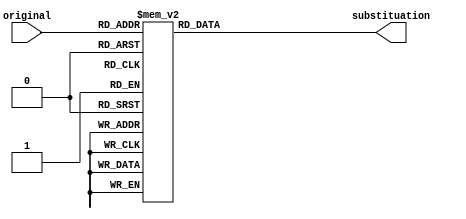
module SboxReplacement(original, substituation);
    input [7:0] original;
    wire [7:0] original;

    output [7:0] substituation;
    reg [7:0] substituation;

    always@(original)
        begin
            case(original)
            //row 1 of s-box
                8'h00 : substituation = 8'h63;
                8'h01 : substituation = 8'h7c;
                8'h02 : substituation = 8'h77;
                8'h03 : substituation = 8'h7b;
                8'h04 : substituation = 8'hf2;
                8'h05 : substituation = 8'h6b;
                8'h06 : substituation = 8'h6f;
                8'h07 : substituation = 8'hc5;
                8'h08 : substituation = 8'h30;
                8'h09 : substituation = 8'h01;
                8'h0a : substituation = 8'h67;
                8'h0b : substituation = 8'h2b;
                8'h0c : substituation = 8'hfe;
                8'h0d : substituation = 8'hd7;
                8'h0e : substituation = 8'hab;
                8'h0f : substituation = 8'h76;
            //row 2 of s-box
                8'h10 : substituation = 8'hca;
                8'h11 : substituation = 8'hb2;
                8'h12 : substituation = 8'hc9;
                8'h13 : substituation = 8'h7d;
                8'h14 : substituation = 8'hfa;
                8'h15 : substituation = 8'h59;
                8'h16 : substituation = 8'h47;
                8'h17 : substituation = 8'hf0;
                8'h18 : substituation = 8'had;
                8'h19 : substituation = 8'hd4;
                8'h1a : substituation = 8'ha2;
                8'h1b : substituation = 8'haf;
                8'h1c : substituation = 8'h9c;
                8'h1d : substituation = 8'ha4;
                8'h1e : substituation = 8'h72;
                8'h1f : substituation = 8'hc0;
            //row 3 of s-box
                8'h20 : substituation = 8'hb7;
                8'h21 : substituation = 8'hfd;
                8'h22 : substituation = 8'h93;
                8'h23 : substituation = 8'h26;
                8'h24 : substituation = 8'h36;
                8'h25 : substituation = 8'h3f;
                8'h26 : substituation = 8'hf7;
                8'h27 : substituation = 8'hcc;
                8'h28 : substituation = 8'h34;
                8'h29 : substituation = 8'ha5;
                8'h2a : substituation = 8'he5;
                8'h2b : substituation = 8'hf1;
                8'h2c : substituation = 8'h71;
                8'h2d : substituation = 8'hd8;
                8'h2e : substituation = 8'h31;
                8'h2f : substituation = 8'h15;
            //row 4 of s-box
                8'h30 : substituation = 8'h04;
                8'h31 : substituation = 8'hc7;
                8'h32 : substituation = 8'h23;
                8'h33 : substituation = 8'hc3;
                8'h34 : substituation = 8'h18;
                8'h35 : substituation = 8'h96;
                8'h36 : substituation = 8'h05;
                8'h37 : substituation = 8'h9a;
                8'h38 : substituation = 8'h07;
                8'h39 : substituation = 8'h12;
                8'h3a : substituation = 8'h80;
                8'h3b : substituation = 8'he2;
                8'h3c : substituation = 8'heb;
                8'h3d : substituation = 8'h27;
                8'h3e : substituation = 8'hb2;
                8'h3f : substituation = 8'h75;
            //row 5 of s-box
                8'h40 : substituation = 8'h09;
                8'h41 : substituation = 8'h83;
                8'h42 : substituation = 8'h2c;
                8'h43 : substituation = 8'h1a;
                8'h44 : substituation = 8'h1b;
                8'h45 : substituation = 8'h6e;
                8'h46 : substituation = 8'h5a;
                8'h47 : substituation = 8'ha0;
                8'h48 : substituation = 8'h52;
                8'h49 : substituation = 8'h3b;
                8'h4a : substituation = 8'hd6;
                8'h4b : substituation = 8'hb3;
                8'h4c : substituation = 8'h29;
                8'h4d : substituation = 8'he3;
                8'h4e : substituation = 8'h2f;
                8'h4f : substituation = 8'h84;
            //row 6 of s-box
                8'h50 : substituation = 8'h53;
                8'h51 : substituation = 8'hd1;
                8'h52 : substituation = 8'h00;
                8'h53 : substituation = 8'hed;
                8'h54 : substituation = 8'h20;
                8'h55 : substituation = 8'hfc;
                8'h56 : substituation = 8'hb1;
                8'h57 : substituation = 8'h5b;
                8'h58 : substituation = 8'h6a;
                8'h59 : substituation = 8'hcb;
                8'h5a : substituation = 8'hbe;
                8'h5b : substituation = 8'h39;
                8'h5c : substituation = 8'h4a;
                8'h5d : substituation = 8'h4c;
                8'h5e : substituation = 8'h58;
                8'h5f : substituation = 8'hcf;
            //row 7 of s-box
                8'h60 : substituation = 8'hd0;
                8'h61 : substituation = 8'hef;
                8'h62 : substituation = 8'haa;
                8'h63 : substituation = 8'hfb;
                8'h64 : substituation = 8'h43;
                8'h65 : substituation = 8'h4d;
                8'h66 : substituation = 8'h33;
                8'h67 : substituation = 8'h85;
                8'h68 : substituation = 8'h45;
                8'h69 : substituation = 8'hf9;
                8'h6a : substituation = 8'h02;
                8'h6b : substituation = 8'h7f;
                8'h6c : substituation = 8'h50;
                8'h6d : substituation = 8'h3c;
                8'h6e : substituation = 8'h9f;
                8'h6f : substituation = 8'ha8;
            //row 8 of s-box
                8'h70 : substituation = 8'h51;
                8'h71 : substituation = 8'ha3;
                8'h72 : substituation = 8'h40;
                8'h73 : substituation = 8'h8f;
                8'h74 : substituation = 8'h92;
                8'h75 : substituation = 8'h9d;
                8'h76 : substituation = 8'h38;
                8'h77 : substituation = 8'hf5;
                8'h78 : substituation = 8'hbc;
                8'h79 : substituation = 8'hb6;
                8'h7a : substituation = 8'hda;
                8'h7b : substituation = 8'h21;
                8'h7c : substituation = 8'h10; 
                8'h7d : substituation = 8'hff;
                8'h7e : substituation = 8'hf3;
                8'h7f : substituation = 8'hd2;
            //row 9 of s-box
                8'h80 : substituation = 8'hcd;
                8'h81 : substituation = 8'h0c;
                8'h82 : substituation = 8'h13;
                8'h83 : substituation = 8'hec;
                8'h84 : substituation = 8'h5f;
                8'h85 : substituation = 8'h97;
                8'h86 : substituation = 8'h44;
                8'h87 : substituation = 8'h17;
                8'h88 : substituation = 8'hc4;
                8'h89 : substituation = 8'ha7;
                8'h8a : substituation = 8'h7e;
                8'h8b : substituation = 8'h3d;
                8'h8c : substituation = 8'h64;
                8'h8d : substituation = 8'h5d;
                8'h8e : substituation = 8'h19;
                8'h8f : substituation = 8'h73;
            //row 10 of s-box
                8'h90 : substituation = 8'h60;
                8'h91 : substituation = 8'h81;
                8'h92 : substituation = 8'h4f;
                8'h93 : substituation = 8'hdc;
                8'h94 : substituation = 8'h22;
                8'h95 : substituation = 8'h2a;
                8'h96 : substituation = 8'h90;
                8'h97 : substituation = 8'h88;
                8'h98 : substituation = 8'h46;
                8'h99 : substituation = 8'hee;
                8'h9a : substituation = 8'hb8;
                8'h9b : substituation = 8'h14;
                8'h9c : substituation = 8'hde;
                8'h9d : substituation = 8'h5e;
                8'h9e : substituation = 8'h0b;
                8'h9f : substituation = 8'hdb;
            //row 11 of s-box
                8'ha0 : substituation = 8'he0;
                8'ha1 : substituation = 8'h32;
                8'ha2 : substituation = 8'h3a;
                8'ha3 : substituation = 8'h0a;
                8'ha4 : substituation = 8'h49;
                8'ha5 : substituation = 8'h06;
                8'ha6 : substituation = 8'h24;
                8'ha7 : substituation = 8'h5c;
                8'ha8 : substituation = 8'hc2;
                8'ha9 : substituation = 8'hd3;
                8'haa : substituation = 8'hac;
                8'hab : substituation = 8'h62;
                8'hac : substituation = 8'h91;
                8'had : substituation = 8'h95;
                8'hae : substituation = 8'he4;
                8'haf : substituation = 8'h79;
            //row 12 of s-box
                8'hb0 : substituation = 8'he7;
                8'hb1 : substituation = 8'hc8;
                8'hb2 : substituation = 8'h37;
                8'hb3 : substituation = 8'h6d;
                8'hb4 : substituation = 8'h8d;
                8'hb5 : substituation = 8'd5;
                8'hb6 : substituation = 8'h4e;
                8'hb7 : substituation = 8'ha9;
                8'hb8 : substituation = 8'h6c;
                8'hb9 : substituation = 8'h56;
                8'hba : substituation = 8'hf4;
                8'hbb : substituation = 8'hea;
                8'hbc : substituation = 8'h65;
                8'hbd : substituation = 8'h7a;
                8'hbe : substituation = 8'hae;
                8'hbf : substituation = 8'h08;
            //row 13 of s-box
                8'hc0 : substituation = 8'hba;
                8'hc1 : substituation = 8'h78;
                8'hc2 : substituation = 8'h25;
                8'hc3 : substituation = 8'h2e;
                8'hc4 : substituation = 8'h1c;
                8'hc5 : substituation = 8'ha6;
                8'hc6 : substituation = 8'hb4;
                8'hc7 : substituation = 8'hc6;
                8'hc8 : substituation = 8'he8;
                8'hc9 : substituation = 8'hdd;
                8'hca : substituation = 8'h74;
                8'hcb : substituation = 8'h1f;
                8'hcc : substituation = 8'h4b;
                8'hcd : substituation = 8'hbd;
                8'hce : substituation = 8'h8b;
                8'hcf : substituation = 8'h8a;
            //row 14 of s-box
                8'hd0 : substituation = 8'h70;
                8'hd1 : substituation = 8'h3e;
                8'hd2 : substituation = 8'hb5;
                8'hd3 : substituation = 8'h66;
                8'hd4 : substituation = 8'h48;
                8'hd5 : substituation = 8'h03;
                8'hd6 : substituation = 8'hf6;
                8'hd7 : substituation = 8'h0e;
                8'hd8 : substituation = 8'h61;
                8'hd9 : substituation = 8'h35;
                8'hda : substituation = 8'h57;
                8'hdb : substituation = 8'hb9;
                8'hdc : substituation = 8'h86;
                8'hdd : substituation = 8'hc1;
                8'hde : substituation = 8'h1d;
                8'hdf : substituation = 8'h9e;
            //row 15 of s-box
                8'he0 : substituation = 8'he1;
                8'he1 : substituation = 8'hf8;
                8'he2 : substituation = 8'h98;
                8'he3 : substituation = 8'h11;
                8'he4 : substituation = 8'h69;
                8'he5 : substituation = 8'hd9;
                8'he6 : substituation = 8'h8e;
                8'he7 : substituation = 8'h94;
                8'he8 : substituation = 8'h9b;
                8'he9 : substituation = 8'h1e;
                8'hea : substituation = 8'h87;
                8'heb : substituation = 8'he9;
                8'hec : substituation = 8'hce;
                8'hed : substituation = 8'h55;
                8'hee : substituation = 8'h28;
                8'hef : substituation = 8'hdf;
            //row 16 of s-box
                8'hf0 : substituation = 8'h8c;
                8'hf1 : substituation = 8'ha1;
                8'hf2 : substituation = 8'h89;
                8'hf3 : substituation = 8'h0d;
                8'hf4 : substituation = 8'hbf;
                8'hf5 : substituation = 8'he6;
                8'hf6 : substituation = 8'h42;
                8'hf7 : substituation = 8'h68;
                8'hf8 : substituation = 8'h41;
                8'hf9 : substituation = 8'h99;
                8'hfa : substituation = 8'h2d;
                8'hfb : substituation = 8'h0f;
                8'hfc : substituation = 8'hb0;
                8'hfd : substituation = 8'h54;
                8'hfe : substituation = 8'hbb;
                8'hff : substituation = 8'h16;
            endcase
        end
    endmodule

module SubRound(data, out);
    input [127:0] data;

    output [127:0] out;
    reg [127:0] out;

    wire [127:0] temp;

    //each matrix "box" has to be sub through the s-box table owo
    SboxReplacement s0 (data[7:0], temp[7:0]);
    SboxReplacement s1 (data[15:8], temp[15:8]);
    SboxReplacement s2 (data[23:16], temp[23:16]);
    SboxReplacement s3 (data[31:24], temp[31:24]);
    SboxReplacement s4 (data[39:32], temp[39:32]);
    SboxReplacement s5 (data[47:40], temp[47:40]);
    SboxReplacement s6 (data[55:48], temp[55:48]);
    SboxReplacement s7 (data[63:56], temp[63:56]);
    SboxReplacement s8 (data[71:64], temp[71:64]);
    SboxReplacement s9 (data[79:72], temp[79:72]);
    SboxReplacement s10 (data[87:80], temp[87:80]);
    SboxReplacement s11 (data[95:88], temp[95:88]);
    SboxReplacement s12 (data[103:96], temp[103:96]);
    SboxReplacement s13 (data[111:104], temp[111:104]);
    SboxReplacement s14 (data[119:112], temp[119:112]);
    SboxReplacement s15 (data[127:120], temp[127:120]);

    always@(*)
    begin
        out <= temp;
    end

endmodule

module ShiftRowRound(data, out);
    input [127:0] data;
    output [127:0] out;
    reg [127:0] out;

    //Matrix
    //120 88 56 24
    //112 80 48 16
    //104 72 40 8
    //96 64 32 0
    always@(*)
    begin
        //shift row 1 by 0
        out[127:120] = data[127:120];
        out[95:88] = data[95:88];
        out[63:56] = data[63:56];
        out[31:24] = data[31:24];

        //shift row 2 by 1
        out[119:112] = data[87:80];
        out[87:80] = data[55:48];
        out[55:48] = data[23:16];
        out[23:16] = data[119:112];
        
        //shift row 3 by 2
        out[111:104] = data[47:40];
        out[79:72] = data[15:8];
        out[47:40] = data[111:104];
        out[15:8] = data[79:72];
        
        //shift row 4 by 3 
        out[103:96] = data[7:0];
        out[71:64] = data[103:96];
        out[39:32] = data[71:64];
        out[7:0] = data[39:32];
        
    end
endmodule

//double check before implementing it into the python project
module MixColumns(data, out);
    input [127:0]data;
    wire [127:0] data;
    output [127:0] out;
    wire [127:0] out;

    wire[31:0] col1, col2, col3, col4;
    wire[31:0] col1R, col2R, col3R, col4R;

    //Matrix
    //120 88 56 24
    //112 80 48 16
    //104 72 40 8
    //96 64 32 0

    assign col1 = {data[127:96]};
    assign col2 = {data[95:64]};
    assign col3 = {data[63:32]};
    assign col4 = {data[31:0]};

    multiplyby32 m1 (col1, col1R);
    multiplyby32 m2 (col2, col2R);
    multiplyby32 m3 (col3, col3R);
    multiplyby32 m4 (col4, col4R);

    assign out = {col1, col2, col3, col4};

endmodule

module multiplyby2(data, result);
    input [7:0] data;
    output [7:0] result;

    wire [7:0] temp1;
    wire [7:0] temp2;
    assign temp1 = {data[6:0], 1'b0};
    assign temp2 = {8'h1b & {8{data[7]}}}; //overflow adjustment wiki
    assign result = temp1 ^ temp2; //XOR is the same as adding 2 numbers wiki
endmodule

module multiplyby3(data, result);
    input [7:0] data;
    output [7:0] result;

    wire [7:0] temp;

    multiplyby2 m0 (data, temp); //add twice
    assign result = temp ^ data; //add a third time
endmodule

module multiplyby32(col, result);
    input [31:0] col;
    output [31:0] result;

    wire [7:0] temp1, temp2, temp3, temp4;
    wire [7:0] temp12, temp22, temp32, temp42;
    wire [7:0] temp13, temp23, temp33, temp43;
    wire [7:0] m1, m2, m3, m4;

    assign temp1 = col[7:0];
    assign temp2 = col[15:8];
    assign temp3 = col[23:16];
    assign temp4 = col[31:24];

    //because of the linear equations just mult by 2 and by 3 based on the wikipidia article
    multiplyby2 m5 (temp1, temp12);
    multiplyby2 m6 (temp2, temp22);
    multiplyby2 m7 (temp3, temp32);
    multiplyby2 m8 (temp4, temp42);

    multiplyby3 m9 (temp1, temp13);
    multiplyby3 m10 (temp2, temp23);
    multiplyby3 m11 (temp3, temp33);
    multiplyby3 m12 (temp4, temp43);

    //based off the linear equations derived by the mixed columns
    assign m1 = temp12 ^ temp23 ^ temp3 ^ temp4;
    assign m2 = temp1 ^ temp22 ^ temp33 ^ temp4;
    assign m3 = temp1 ^ temp2 ^ temp32 ^ temp43;
    assign m4 = temp13 ^ temp2 ^ temp3 ^ temp42;

    assign result = {m1, m2, m3, m4};

endmodule

module gFunction(w3, w3_final);
    input [31:0] w3;
    wire [31:0] w3;

    output [31:0] w3_final;
    reg [31:0] w3_final;

    reg [31:0] tempcircle;

    //circular shift
    // 24 16 8 0
    always@(*)
    begin
        tempcircle[31:24] = w3[23:16];
        tempcircle[23:16] = w3[15:8];
        tempcircle[15:8] = w3[7:0];
        tempcircle[7:0] = w3[31:24];
    end

    wire [31:0] tempsbox;

    //subsitution 
    // 24 16 8 0
    SboxReplacement s16(tempcircle[7:0], tempsbox[7:0]);
    SboxReplacement s17(tempcircle[15:8], tempsbox[15:8]);
    SboxReplacement s18(tempcircle[23:16], tempsbox[23:16]);
    SboxReplacement s19(tempcircle[31:24], tempsbox[31:24]);

    always@(*)
    begin
        w3_final[31:0] = tempsbox[31:0];
    end
 endmodule

//recheck the key expansion before implementing it into the python project
module KeyExpansion(key_in, key0, key1, key2, key3, key4, key5, key6, key7, key8, key9, key10);
    input [127:0]key_in;
    output [127:0]key0, key1, key2, key3, key4, key5, key6, key7, key8, key9, key10;

    //each w[i] is a 32 bit word within the array
    // key 0 = w[0] w[1] w[2] w[3] 
    // key 1 = w[4] w[5] [6] [7]
    // etc...
    reg [31:0] w0, w1, w2, w3, w4, w5, w6, w7, w8, w9, w10, w11, w12, w13, w14, w15, w16, w17, w18, w19, w20, w21, w22, w23, w24, w25, w26, w27,w28, w29, w30, w31, w32, w33, w34, w35, w36, w37, w38, w39, w40, w41, w42, w43;
    wire [31:0] gfun1, gfun2, gfun3, gfun4, gfun5, gfun6, gfun7, gfun8, gfun9, gfun10;
    wire [7:0] const2, const3, const4, const5, const6, const7, const8, const9, const10;

        //Matrix
    //120 88 56 24
    //112 80 48 16
    //104 72 40 8
    //96 64 32 0

    always@(*)
    begin
        //key 0
        w0 = key_in[127:96];
        w1 = key_in[95:64];
        w2 = key_in[63:32];
        w3 = key_in[31:0];

        //key 1
        //start adding the round constant that changes each round
        w4 = key_in[127:96]^gfun1[31:0]^{8'h01, 24'b0}; //w4 = w0 ^ g(w3)
        w5 = key_in[127:96]^gfun1[31:0]^key_in[95:64];
        w6 = key_in[127:96]^gfun1[31:0]^key_in[95:64]^key_in[63:32];
        w7 = key_in[127:96]^gfun1[31:0]^key_in[95:64]^key_in[63:32]^key_in[31:0];

        //key 2
        w8 = w4 ^ gfun2^{const2, 24'b0};//fill the rest with 8 bits
        w9 = w8 ^ w5;
        w10 = w9 ^ w6;
        w11 = w10 ^ w7;

        //key 3
        w12 = w8 ^ gfun3^{const3, 24'b0};
        w13 = w12 ^ w9;
        w14 = w13 ^ w10;
        w15 = w14 ^ w11;

        //key 4
        w16 = w12 ^ gfun4^{const4, 24'b0};
        w17 = w16 ^ w13;
        w18 = w17 ^ w14;
        w19 = w18 ^ w15;

        //key 5
        w20 = w16 ^ gfun5^{const5, 24'b0};
        w21 = w20 ^ w17;
        w22 = w21 ^ w18;
        w23 = w22 ^ w19;

        //key 6
        w24 = w20 ^ gfun6 ^{const6, 24'b0};
        w25 = w24 ^ w21;
        w26 = w25 ^ w22;
        w27 = w26 ^ w23;

        //key 7 
        w28 = w24 ^ gfun7 ^{const7, 24'b0};
        w29 = w28 ^ w25;
        w30 = w29 ^ w26;
        w31 = w30 ^ w27;

        //key 8
        w32 = w28 ^ gfun8 ^{const8, 24'b0};
        w33 = w32 ^ w29;
        w34 = w33 ^ w30;
        w35 = w34 ^ w31;

        //key 9
        w36 = w32 ^ gfun9 ^ {const9, 24'b0};
        w37 = w36 ^ w33;
        w38 = w37 ^ w34;
        w39 = w38 ^ w35;

        //key 10
        w40 = w36 ^ gfun10 ^{const10, 24'b0};
        w41 = w40 ^ w37;
        w42 = w41 ^ w38;
        w43 = w42 ^ w39;

    end
    gFunction f (key_in[31:0], gfun1[31:0]);
    gFunction f1 (w7, gfun2);
    gFunction f2 (w11, gfun3);
    gFunction f3 (w15, gfun4);
    gFunction f4 (w19, gfun5);
    gFunction f5 (w23, gfun6);
    gFunction f6 (w27, gfun7);
    gFunction f7 (w31, gfun8);
    gFunction f8 (w35, gfun9);
    gFunction f9 (w39, gfun10);

    assign key0 = {w0, w1, w2, w3};
    assign key1 = {w4, w5, w6, w7};
    assign key2 = {w8, w9, w10, w11};
    assign key3 = {w12, w13, w14, w15};
    assign key4 = {w16, w17, w18, w19};
    assign key5 = {w20, w21, w22, w23};
    assign key6 = {w24, w25, w26, w27};
    assign key7 = {w28, w29, w30, w31};
    assign key8 = {w32, w33, w34, w35};
    assign key9 = {w36, w37, w38, w39};
    assign key10 = {w40, w41, w42, w43};

    assign const2 = replace(1);
    assign const3 = replace(2);
    assign const4 = replace(3);
    assign const5 = replace(4);
    assign const6 = replace(5);
    assign const7 = replace(6);
    assign const8 = replace(7);
    assign const9 = replace(8);
    assign const10 = replace(9);

    function [7:0] replace; //the round constant changes each round therefore with this function we will be able to 
    //create another "look up" table required for verilog

    input [3:0] index;
    case(index)
        4'h1: replace=8'h02;
        4'h2: replace=8'h04;
        4'h3: replace=8'h08;
        4'h4: replace=8'h10;	
        4'h5: replace=8'h20;	
        4'h6: replace=8'h40;		
        4'h7: replace=8'h80;		
        4'h8: replace=8'h1b;		
        4'h9: replace=8'h36;
    endcase
    endfunction

endmodule

//the pre round and last round is different
module executeAESAlgo_breadboard(data, key, result);
input [127:0] data;
input [127:0] key;

output [127:0]result;

wire[127:0] key0, key1, key2, key3, key4, key5, key6, key7, key8, key9, key10;

KeyExpansion k1 (key, key0, key1, key2, key3, key4, key5, key6, key7, key8, key9, key10);
wire[127:0] result0, result1, result2, result3, result4, result5, result6, result7, result8, result9;
wire [127:0] subResults, shiftResults, subResults1, shiftResults1, mixcolumnResult1, subResults2, shiftResults2, mixcolumnResult2, subResults3, shiftResults3, mixcolumnResult3, subResults4, shiftResults4, mixcolumnResult4, subResults5, shiftResults5, mixcolumnResult5, subResults6, shiftResults6, mixcolumnResult6, subResults7, shiftResults7, mixcolumnResult7, subResults8, shiftResults8, mixcolumnResult8, subResults9, shiftResults9, mixcolumnResult9;

//pre-round
assign result0 = data ^ key;

//round 1
SubRound sub (result0, subResults1);
ShiftRowRound shiftRow (subResults1, shiftResults1);
MixColumns mix (shiftResults1, mixcolumnResult1);
assign result1  = mixcolumnResult1 ^ key1;

//round 2
SubRound sub2 (result1, subResults2);
ShiftRowRound shiftRow2 (subResults2, shiftResults2);
MixColumns mix2 (shiftResults2, mixcolumnResult2);
assign result2  = mixcolumnResult2 ^ key2;

//round 3
SubRound sub3 (result2, subResults3);
ShiftRowRound shiftRow3 (subResults3, shiftResults3);
MixColumns mix3 (shiftResults3, mixcolumnResult3);
assign result3  = mixcolumnResult3 ^ key3;

//round 4
SubRound sub4 (result3, subResults4);
ShiftRowRound shiftRow4 (subResults4, shiftResults4);
MixColumns mix4 (shiftResults4, mixcolumnResult4);
assign result4 = mixcolumnResult4 ^ key4;

//round 5
SubRound sub5 (result4, subResults5);
ShiftRowRound shiftRow5 (subResults5, shiftResults5);
MixColumns mix5 (shiftResults5, mixcolumnResult5);
assign result5  = mixcolumnResult5 ^ key5;

//round 6
SubRound sub6 (result5, subResults6);
ShiftRowRound shiftRow6 (subResults6, shiftResults6);
MixColumns mix6 (shiftResults6, mixcolumnResult6);
assign result6  = mixcolumnResult6 ^ key6;

//round 7
SubRound sub7 (result6, subResults7);
ShiftRowRound shiftRow7 (subResults7, shiftResults7);
MixColumns mix7 (shiftResults7, mixcolumnResult7);
assign result7  = mixcolumnResult7 ^ key7;

//round 8
SubRound sub8 (result7, subResults8);
ShiftRowRound shiftRow8 (subResults8, shiftResults8);
MixColumns mix8 (shiftResults8, mixcolumnResult8);
assign result8  = mixcolumnResult8 ^ key8;

//round 9
SubRound sub9 (result8, subResults9);
ShiftRowRound shiftRow9 (subResults9, shiftResults9);
MixColumns mix9 (shiftResults9, mixcolumnResult9);
assign result9  = mixcolumnResult9 ^ key9;

//last round which includes all in single roung except mixed column
SubRound subfinal (result9, subResults);
ShiftRowRound shiftRowfinals (subResults, shiftResults);
assign result  = shiftResults ^ key10;

endmodule

module testbench();
    //local variables 
    reg [127:0] data;
    reg [127:0] key;
    wire [127:0] newEncrypt;

    executeAESAlgo_breadboard aes (data, key, newEncrypt);
    initial begin
    $display("Welcome to AES Encryption Algorithm");

//key in ascii is 
    key = 128'h616573656E6372797074696F6E6B6579; //test key
    data = 128'h66726573682074696C20646561746873; //test data

    #10;
    $display("The data encrypted is %X", newEncrypt);
    $finish;
    end
endmodule